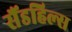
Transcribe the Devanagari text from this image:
सैंडहिल्स